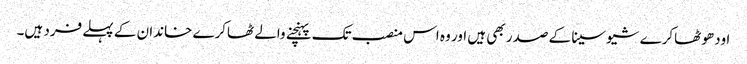
اودھو ٹھاکرے شیوسینا کے صدر بھی ہیں اور وہ اس منصب تک پہنچنے والے ٹھاکرے خاندان کے پہلے فرد ہیں۔